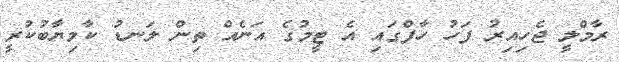
ރާމްލީ ޖެހިއިރު ފަހު ހާފްގައި އެ ޓީމުގެ އަނެއް ތިން ލަނޑު ކާމިޔާބުކުރީ